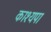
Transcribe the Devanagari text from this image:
काश्यपा